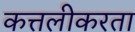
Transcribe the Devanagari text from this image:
कत्तलीकरता